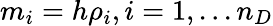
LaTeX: m_{i}=h\rho_{i},i=1,...n_{D}